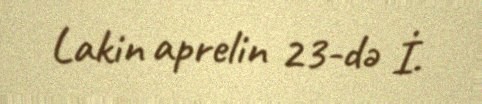
Lakin aprelin 23-də İ.